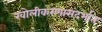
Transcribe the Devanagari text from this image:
खोलीकरणासंदर्भात